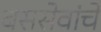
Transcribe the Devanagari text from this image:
बससेवांचे